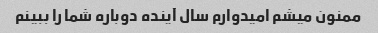
ممنون میشم امیدوارم سال آینده دوباره شما را ببینم